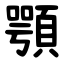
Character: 顎